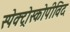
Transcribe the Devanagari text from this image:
स्पेक्ट्रोस्कोपीविद